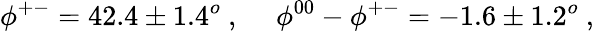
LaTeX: \phi^{+-}=42.4\pm 1.4^{o}~,~~~~~\phi^{00}-\phi^{+-}=-1.6\pm 1.2^{o}~,